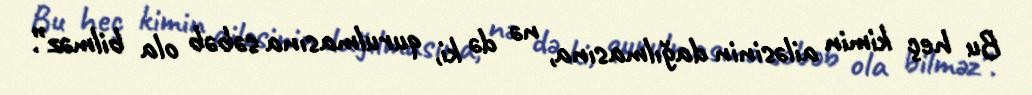
Bu heç kimin ailəsinin dağılmasına, nə də ki, qurulmasına səbəb ola bilməz”.